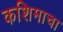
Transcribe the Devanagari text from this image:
कशिमाचा